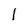
Character: l